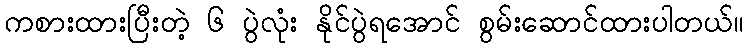
ကစားထားပြီးတဲ့ ၆ ပွဲလုံး နိုင်ပွဲရအောင် စွမ်းဆောင်ထားပါတယ်။